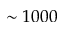
\sim 1 0 0 0